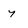
Character: y